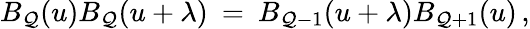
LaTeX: B_{\mathcal{Q}}(u)B_{\mathcal{Q}}(u+\lambda)\: =\: B_{\mathcal{Q}-1}(u+\lambda)B_{\mathcal{Q}+1}(u)\, ,